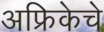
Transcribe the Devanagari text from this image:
अफ्रिकेचे